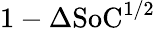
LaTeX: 1-\Delta\mathrm{SoC^{1/2}}